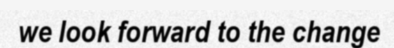
we look forward to the change